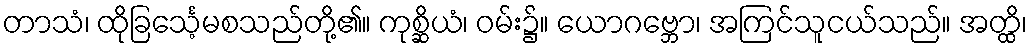
တာသံ၊ ထိုခြင်္သေ့မစသည်တို့၏။ ကုစ္ဆိယံ၊ ဝမ်း၌။ ယောဂဗ္ဘော၊ အကြင်သူငယ်သည်။ အတ္ထိ၊